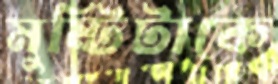
মুষ্টিটাকে